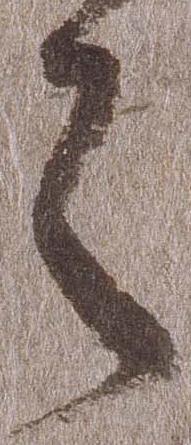
之